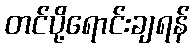
တင်ပို့ရောင်းချရန်